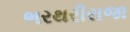
ભરથરીરાજા